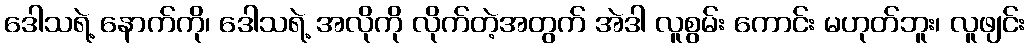
ဒေါသရဲ့ နောက်ကို၊ ဒေါသရဲ့ အလိုကို လိုက်တဲ့အတွက် အဲဒါ လူစွမ်း ကောင်း မဟုတ်ဘူး၊ လူဖျင်း